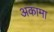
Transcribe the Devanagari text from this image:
अकामा